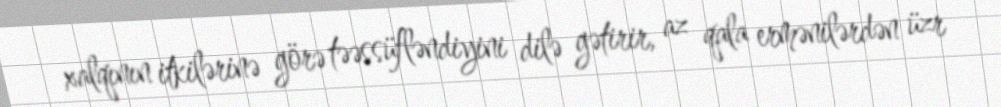
xalqının itkilərinə görə təəssüfləndiyini dilə gətirir, az qala ermənilərdən üzr